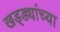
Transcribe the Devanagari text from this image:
खड्ड्यांच्या